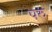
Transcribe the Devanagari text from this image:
परु